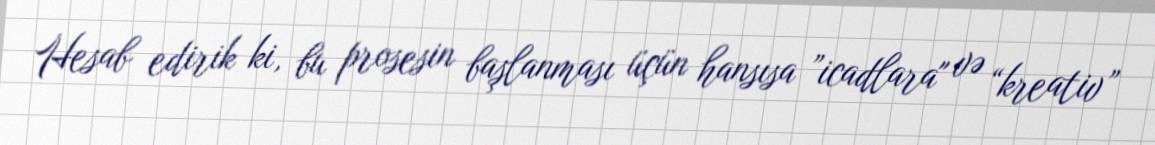
Hesab edirik ki, bu prosesin başlanması üçün hansısa ”icadlara" və “kreativ”